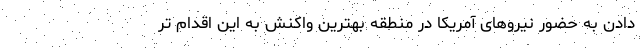
دادن به حضور نیروهای آمریکا در منطقه بهترین واکنش به این اقدام تر